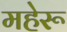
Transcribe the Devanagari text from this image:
महेरू